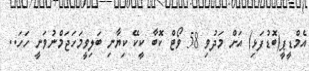
އެމްޑީޕީ(ބޮޑުފަޅި) އަށް މަދުވި 58 ވޯޓް ކޮބާ ކީކޭ ކިޔާނި ބަލިވީީމަހަޖަމްނުވަނީ ހަހަ..